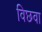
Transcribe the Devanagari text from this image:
विछवा